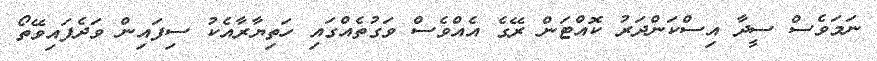
ނަމަވެސް ސީދާ އިސްކަންދަރު ކޮއްޓަން ރޭގެ އެއްވެސް ވަގުތެއްގައި ހަތިޔާރާއެކު ސިފައިން ވަދެފައިވޭތޯ